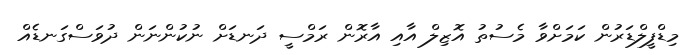
މިޑްފީލްޑަރުން ކަމަށްވާ މެސުތު އޮޒިލް އާއި އާރޮން ރަމްސީ ދަނޑަށް ނުކުންނަން ދުވަސްގަނޑެއް